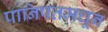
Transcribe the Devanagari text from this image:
पानिपतमधून